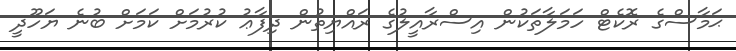
ޙަމާސްގެ ރޮކެޓް ހަމަލާތަކުން އިސްރާއީލުގެ ރައްޔިތުން ދިފާޢު ކުރުމަށް ކަމަށް ބުނެ ޔަހޫދީ